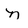
Character: N